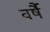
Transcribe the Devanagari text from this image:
वर्षै